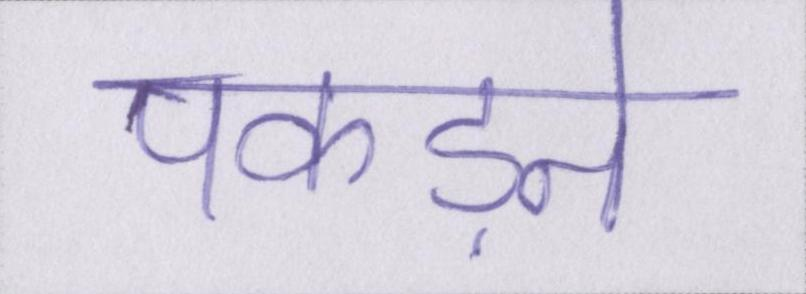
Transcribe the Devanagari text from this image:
पकड़ने